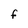
Character: f